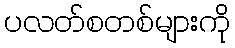
ပလတ်စတစ်များကို